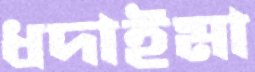
ধদাইমা